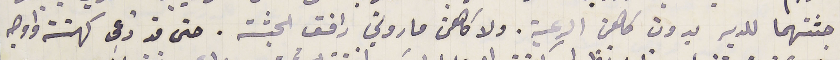
جثتهما للدير بدون كاهن الرعية. ولا كاهن ماروني رافق الجثة. حتى قد دعى كهنَة واوجه